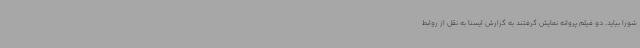
شورا بیاید. دو فیلم پروانه نمایش گرفتند به گزارش ایسنا به نقل از روابط